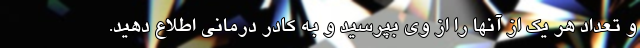
و تعداد هر یک از آنها را از وی بپرسید و به کادر درمانی اطلاع دهید.